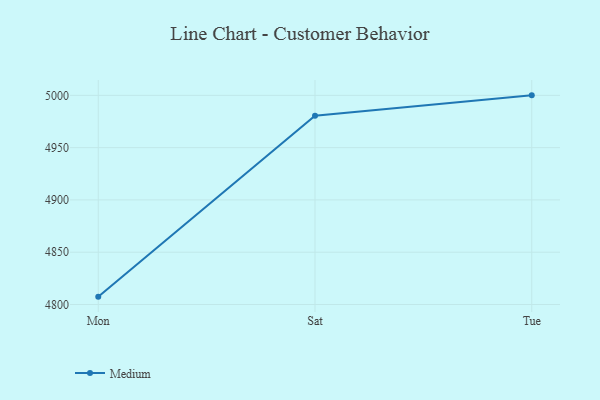
{"axis": {"x": "Day", "y": "Market Share (%)"}, "legend": ["Medium"], "data": [{"x": "Mon", "y": 4807.5, "type": "Medium"}, {"x": "Sat", "y": 4980.5, "type": "Medium"}, {"x": "Tue", "y": 5000, "type": "Medium"}]}